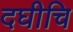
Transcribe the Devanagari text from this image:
दघीचि